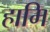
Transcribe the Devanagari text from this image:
हामि